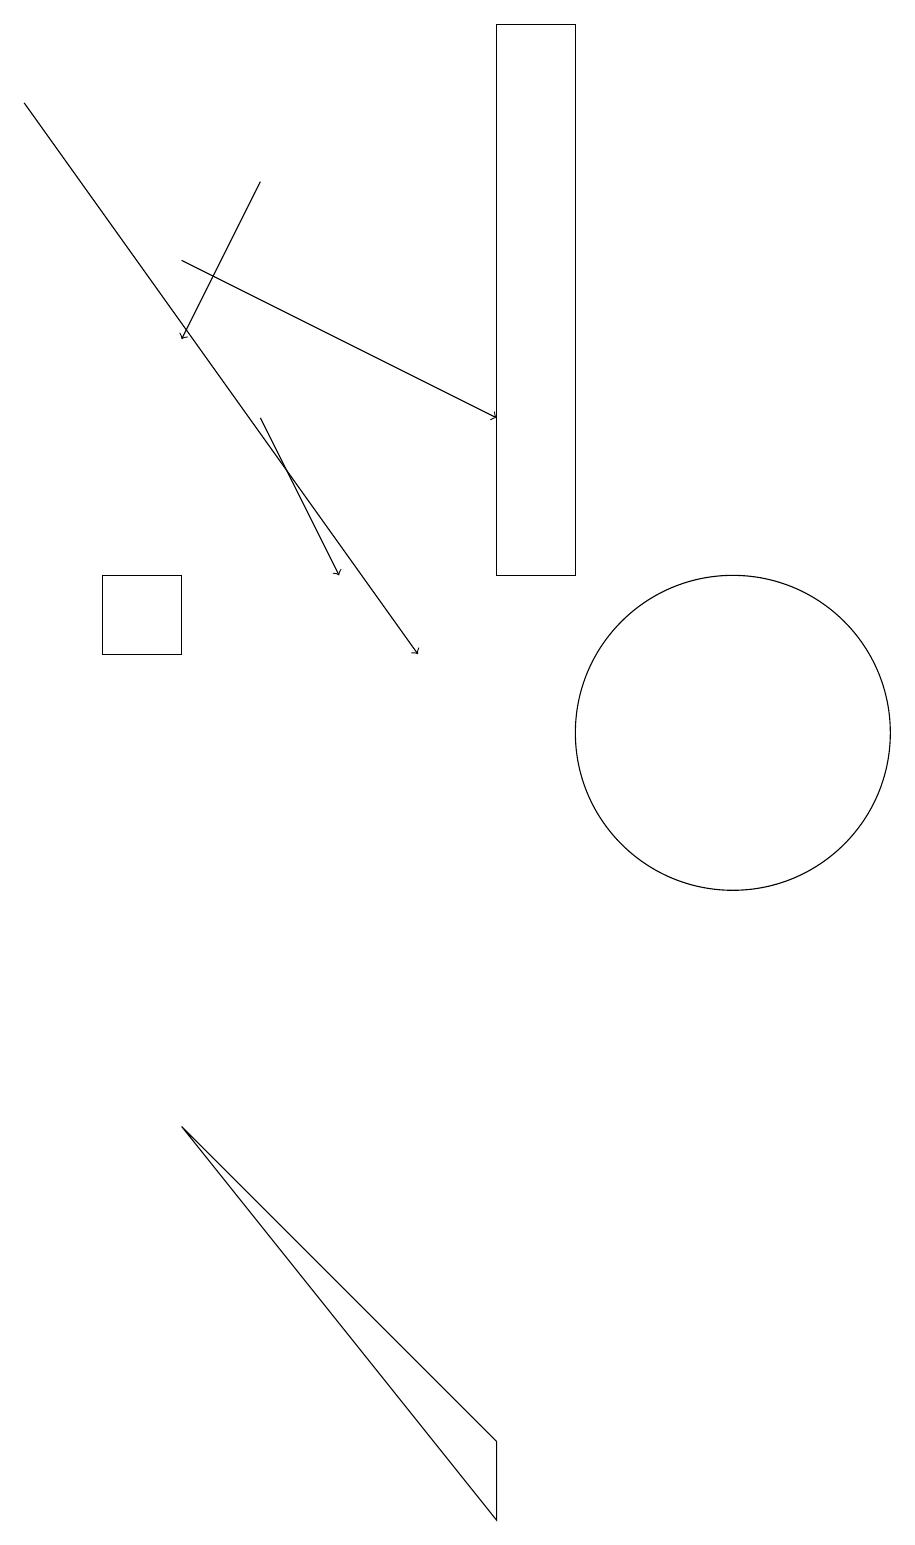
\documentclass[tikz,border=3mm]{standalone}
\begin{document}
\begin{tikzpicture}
\draw[->] (2,18) -- (7,11);
\draw[->] (5,17) -- (4,15);
\draw (3,12) rectangle (4,11);
\draw[->] (5,14) -- (6,12);
\draw (8,12) rectangle (9,19);
\draw[->] (4,16) -- (8,14);
\draw (8,1) -- (8,0) -- (4,5) -- cycle;
\draw (11,10) circle (2);
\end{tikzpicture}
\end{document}